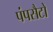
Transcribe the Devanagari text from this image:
पंपसैटों